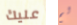
عليك لم